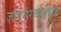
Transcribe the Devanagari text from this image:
ज्ञानसंरचनावाद